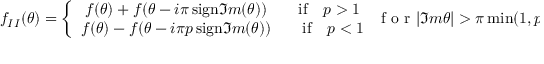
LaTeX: f _ { I I } ( \theta ) = \left\{ \begin{array} { c } { { f ( \theta ) + f ( \theta - i \pi \, \mathrm { s i g n } \Im m ( \theta ) ) \qquad \mathrm { i f } \quad p > 1 } } \\ { { f ( \theta ) - f ( \theta - i \pi p \, \mathrm { s i g n } \Im m ( \theta ) ) \qquad \mathrm { i f } \quad p < 1 } } \end{array} \right. \: \textrm { f o r } \: | \Im m \theta | > \pi \operatorname * { m i n } ( 1 , p )